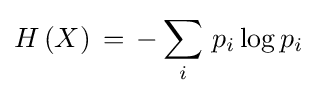
H\left(X\right)\,=\,-\sum _{i}\,p_{i}\log p_{i}